Civil Veterinary Dept. Bombay admin report 1932-41 - 1932-1941
Year: 1932
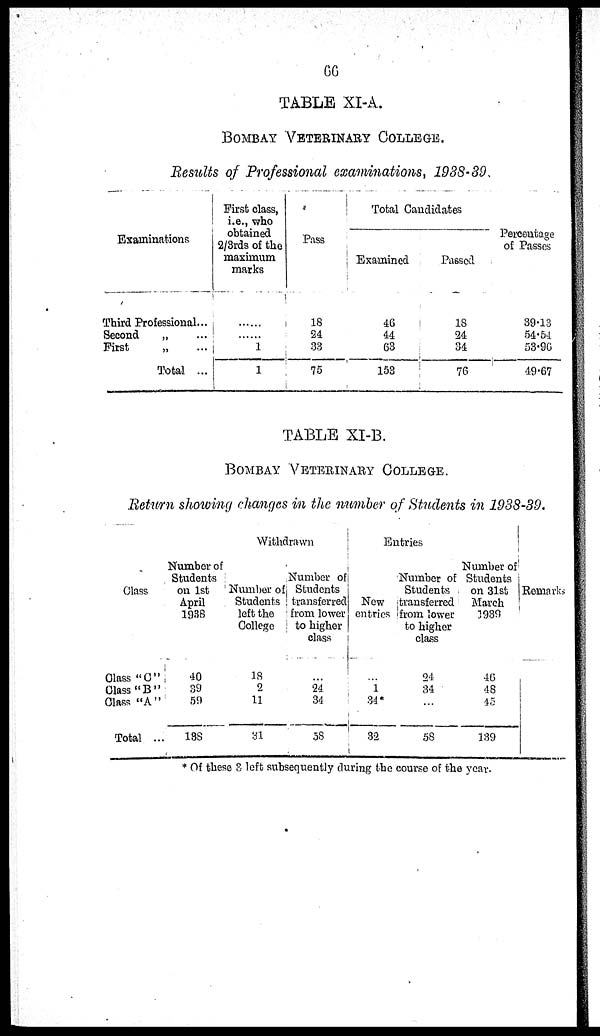
66
TABLE XI-A.
BOMBAY VETERINARY COLLEGE
Results of Professional examinations, 1938-39.
Examinations
Third Professional...
Second
„ ...
First
„ ...
Total ...
First class,
i.e., who
obtained
2/3rds of the
maximum
marks
......
......
1
1
Pass
18
24
33
75
Total Candidates
Examined
46
44
63
153
Passed
18
24
34
76
Percentage
of Passes
39.13
54.54
53.96
49.67
TABLE XI-B.
BOMBAY VETERINARY COLLEGE
Return showng changes in the number of Students in 1938-39.
Class
Class "C"
Class "B"
Class "A"
Total ...
Number of
Students
on 1st
April
1938
40
39
59
138
Withdrawn
Number of
Students
left the
College
18
2
11
31
Number of
Students
transferred
from lower
to higher
class
...
24
34
58
Entries
New
entries
...
1
34*
32
Number of
Students
transferred
from lower
to higher
class
24
34
...
58
Number of
Students
on 31st
March
3939
46
48
45
139
Remarks
* Of these 3 left subsequently during the course of the year.